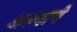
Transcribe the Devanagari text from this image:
अल्वाये